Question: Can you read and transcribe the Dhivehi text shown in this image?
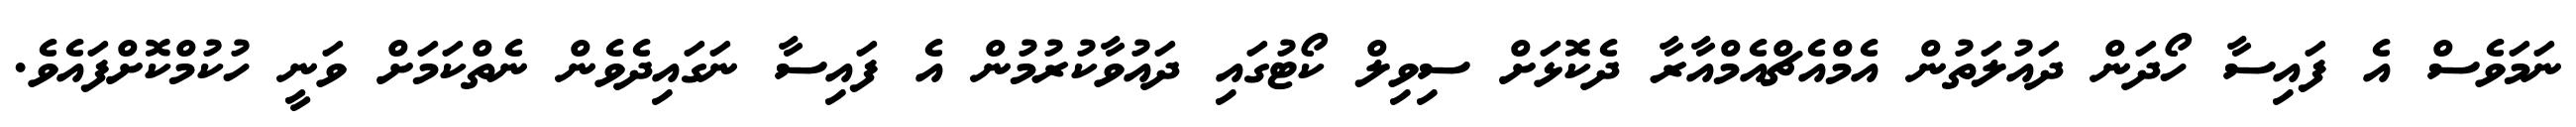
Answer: ނަމަވެސް އެ ފައިސާ ހޯދަން ދައުލަތުން އެމްއެޗްއެމްއާރާ ދެކޮޅަށް ސިވިލް ކޯޓުގައި ދައުވާކުރުމުން އެ ފައިސާ ނަގައިދެވެން ނެތްކަމަށް ވަނީ ހުކުމްކޮށްފައެވެ.